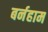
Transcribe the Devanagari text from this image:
बर्नहाम